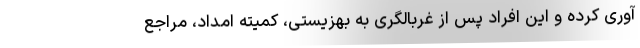
آوری کرده و این افراد پس از غربالگری به بهزیستی، کمیته امداد، مراجع